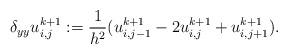
LaTeX: \begin{align*}\delta_{yy} u^{k+1}_{i,j}:=\frac{1}{h^2} (u^{k+1}_{i,j-1} - 2 u^{k+1}_{i,j} + u^{k+1}_{i,j+1}).\end{align*}